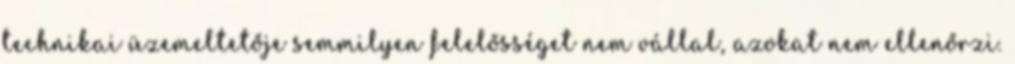
technikai üzemeltetője semmilyen felelősséget nem vállal, azokat nem ellenőrzi.